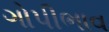
ગોપીભાવ